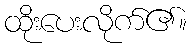
ထိုးပေးလိုက်၏။